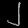
Digit: ၂